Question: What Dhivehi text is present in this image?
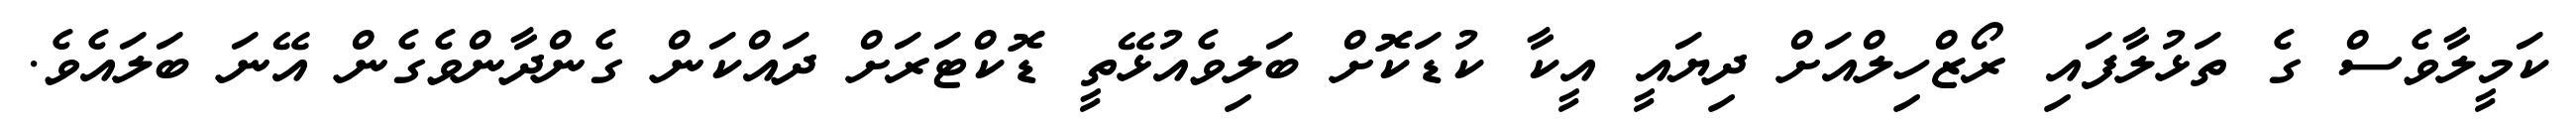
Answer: ކަމީލާވެސް ގެ ތަޅުލާފައި ރޯޒްހިލްއަށް ދިޔައީ އީކާ ކުޑަކޮށް ބަލިވެއުޅޭތީ ޑޮކްޓަރަށް ދައްކަން ގެންދާންވެގެން އޭނަ ބަލައެވެ.